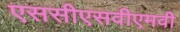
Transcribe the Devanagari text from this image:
एससीएसवीएमवी